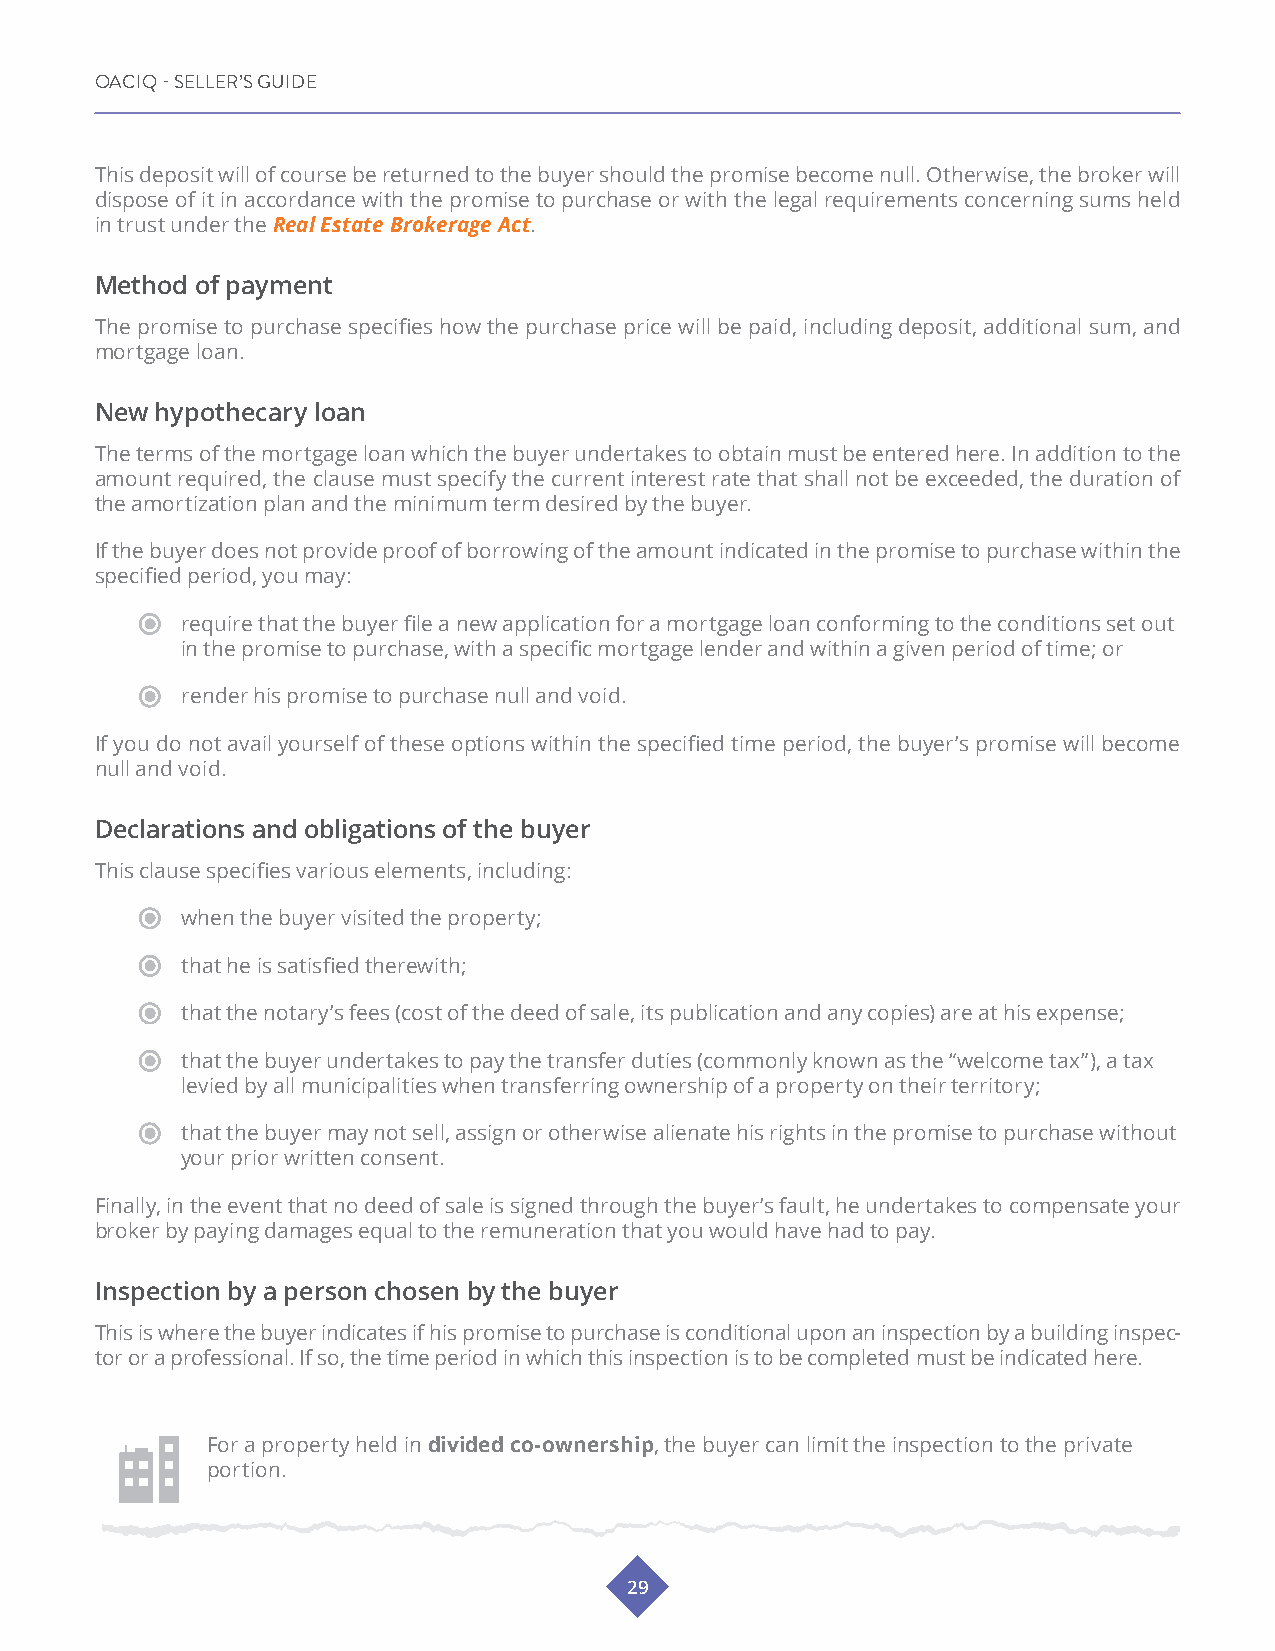
OACIQ - SELLER’S GUIDE
 This deposit will of course be returned to the buyer should the promise become null. Otherwise, the broker will
 dispose of it in accordance with the promise to purchase or with the legal requirements concerning sums held
 in trust under the Real Estate Brokerage Act.
 Method of payment
 The promise to purchase specifies how the purchase price will be paid, including deposit, additional sum, and
 mortgage loan.
 New hypothecary loan
 The terms of the mortgage loan which the buyer undertakes to obtain must be entered here. In addition to the
 amount required, the clause must specify the current interest rate that shall not be exceeded, the duration of
 the amortization plan and the minimum term desired by the buyer.
 If the buyer does not provide proof of borrowing of the amount indicated in the promise to purchase within the
 specified period, you may:
 require that the buyer file a new application for a mortgage loan conforming to the conditions set out
 in the promise to purchase, with a specific mortgage lender and within a given period of time; or
 render his promise to purchase null and void.
 If you do not avail yourself of these options within the specified time period, the buyer’s promise will become
 null and void.
 Declarations and obligations of the buyer
 This clause specifies various elements, including:
 when the buyer visited the property;
 that he is satisfied therewith;
 that the notary’s fees (cost of the deed of sale, its publication and any copies) are at his expense;
 that the buyer undertakes to pay the transfer duties (commonly known as the “welcome tax”), a tax
 levied by all municipalities when transferring ownership of a property on their territory;
 that the buyer may not sell, assign or otherwise alienate his rights in the promise to purchase without
 your prior written consent.
 Finally, in the event that no deed of sale is signed through the buyer’s fault, he undertakes to compensate your
 broker by paying damages equal to the remuneration that you would have had to pay.
 Inspection by a person chosen by the buyer
 This is where the buyer indicates if his promise to purchase is conditional upon an inspection by a building inspec-
 tor or a professional. If so, the time period in which this inspection is to be completed must be indicated here.
 For a property held in divided co-ownership, the buyer can limit the inspection to the private
 portion.
 29